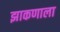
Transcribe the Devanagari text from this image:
झाकणाला